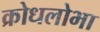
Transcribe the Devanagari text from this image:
क्रोधलोभा